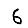
Digit: 6